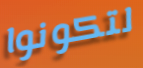
لتكونوا